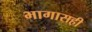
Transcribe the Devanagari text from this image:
भागासही